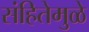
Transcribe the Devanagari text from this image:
संहितेमुळे